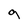
Character: g